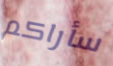
سأراكم